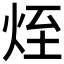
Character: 𤈜